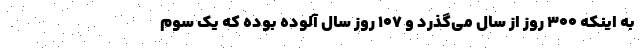
به اینکه ۳۰۰ روز از سال می‌گذرد و ۱۰۷ روز سال آلوده بوده که یک سوم